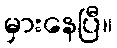
မှားနေပြီ။